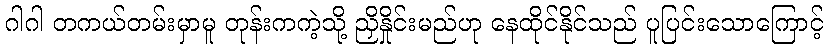
ဂါဂါ တကယ်တမ်းမှာမူ တုန်းကကဲ့သို့ ညှိနှိုင်းမည်ဟု နေထိုင်နိုင်သည် ပူပြင်းသောကြောင့်